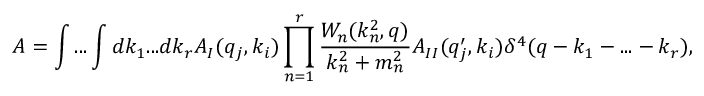
A = \int . . . \int d k _ { 1 } . . . d k _ { r } A _ { I } ( q _ { j } , k _ { i } ) \prod _ { n = 1 } ^ { r } \frac { W _ { n } ( k _ { n } ^ { 2 } , q ) } { k _ { n } ^ { 2 } + m _ { n } ^ { 2 } } A _ { I I } ( q _ { j } ^ { \prime } , k _ { i } ) \delta ^ { 4 } ( q - k _ { 1 } - . . . - k _ { r } ) ,